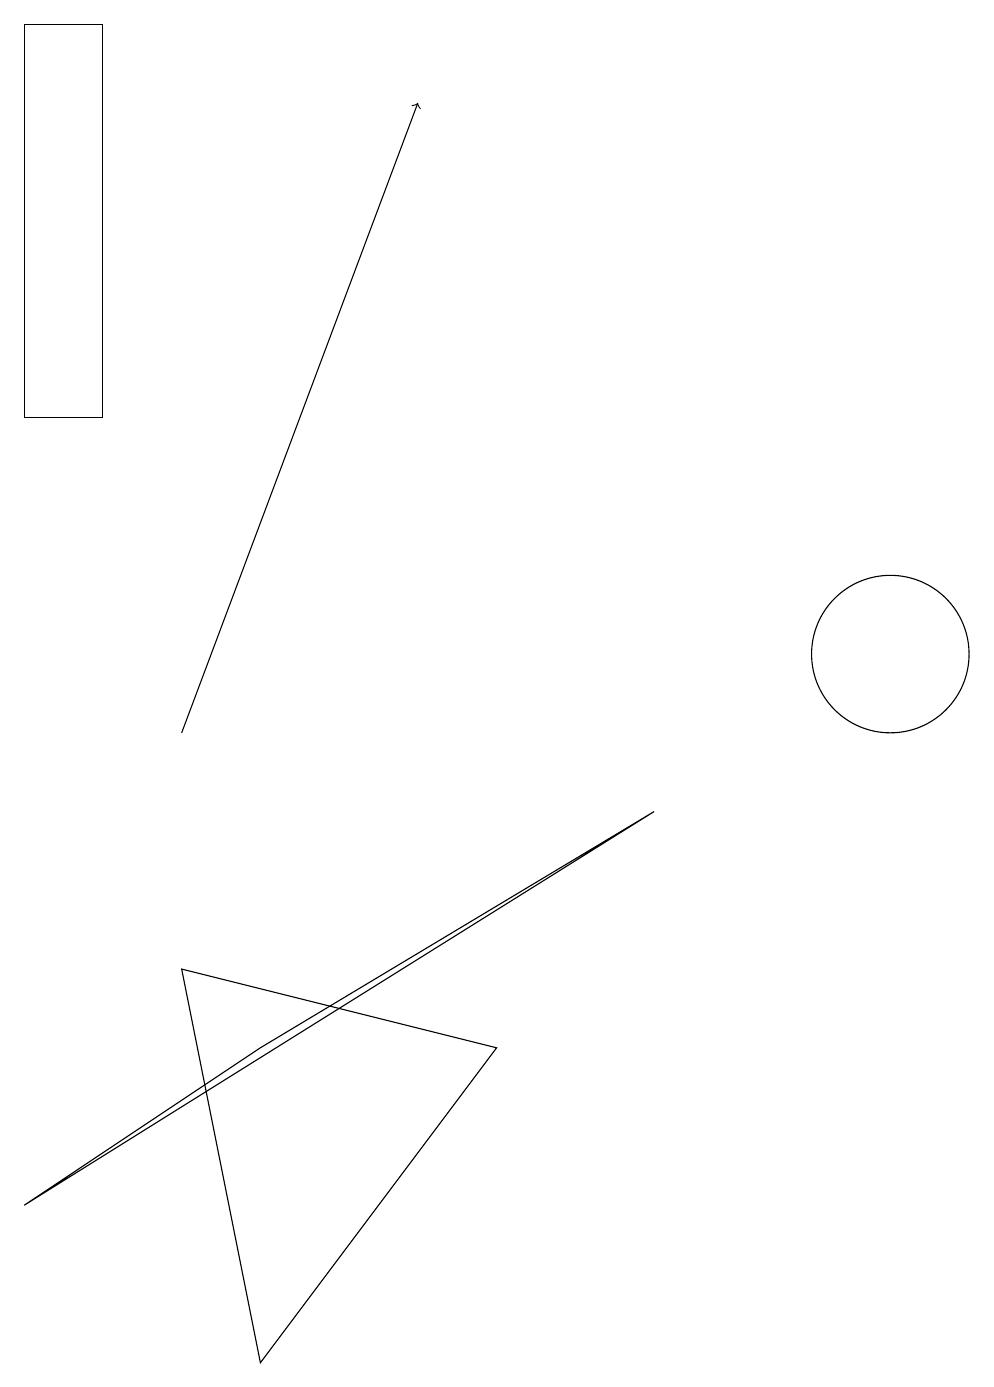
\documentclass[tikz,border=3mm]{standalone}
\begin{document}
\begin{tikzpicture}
\draw (3,2) -- (6,6) -- (2,7) -- cycle;
\draw (11,11) circle (1);
\draw (8,9) -- (0,4) -- (3,6) -- cycle;
\draw (0,14) rectangle (1,19);
\draw[->] (2,10) -- (5,18);
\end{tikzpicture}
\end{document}